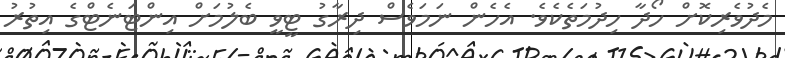
މެދުވެރިކޮށް ހޯދާ ހިދުމަތެކެވެ. އެހެން ނަމަވެސް ދިރާގު ޓީވީ ބެލުމަށް އިންޓަނެޓްގެ އިތުރު